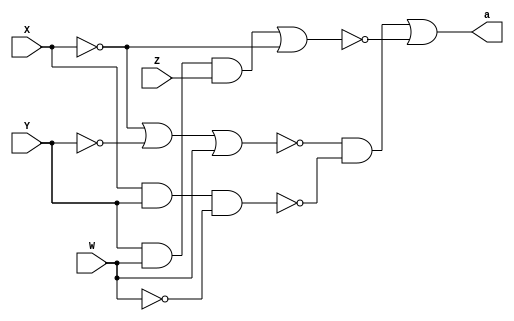
// ------------------------- 
// Guia06Q6 - Simplificacao
// Nome: Larissa Domingues Gomes 
// ------------------------- 

module A (output a, input X,Y,W,Z);

   assign a = (~(~X|~Y|W)&~(X&Y&~W))|~((Y&W&Z)|~X);
  

endmodule



module AS (output as, input X, Y, W,Z);

	assign as = (X|Y)&(X|~Y)&(~Y|~W|~Z);

endmodule



module ValoresIniciais;

reg x, y, z, w;
wire a, as;

	A letraA   (a, x, y, w, z);
	AS letraAS (as, x, y, w, z);

    
initial
begin : start

	x = 1'bx;
	y = 1'bx;
	z = 1'bx;
	w = 1'bx;

end

initial
begin : main

	$display("Exemplo - Larissa Gomes - 650525");
	$display("Expressoes booleanas");
	
	#1 x = 0; y = 0; w = 0; z = 0;
	$display(" x  y  w  z =  a   as");
    $monitor("%2b %2b %2b %2b = %2b  %2b", x, y, w, z, a, as);
		
	#1 x = 0; y = 0; w = 0; z = 0;
	#1 x = 0; y = 0; w = 0; z = 1;
	#1 x = 0; y = 0; w = 1; z = 0;
	#1 x = 0; y = 0; w = 1; z = 1;
    #1 x = 0; y = 1; w = 0; z = 0;
	#1 x = 0; y = 1; w = 0; z = 1;
	#1 x = 0; y = 1; w = 1; z = 0;
	#1 x = 0; y = 1; w = 1; z = 1;
	#1 x = 1; y = 0; w = 0; z = 0;
	#1 x = 1; y = 0; w = 0; z = 1;
	#1 x = 1; y = 0; w = 1; z = 0;
	#1 x = 1; y = 0; w = 1; z = 1;
	#1 x = 1; y = 1; w = 0; z = 0;
	#1 x = 1; y = 1; w = 0; z = 1;
	#1 x = 1; y = 1; w = 1; z = 0; 
	#1 x = 1; y = 1; w = 1; z = 1;
	
		

end
endmodule